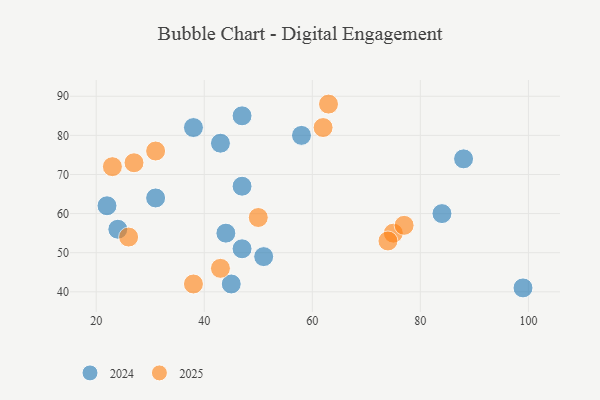
{"axis": {"x": "GDP", "y": "Life Expectancy"}, "legend": ["2024", "2025"], "data": [{"x": "75", "y": 55, "type": "2025"}, {"x": "23", "y": 72, "type": "2025"}, {"x": "26", "y": 54, "type": "2025"}, {"x": "31", "y": 76, "type": "2025"}, {"x": "50", "y": 59, "type": "2025"}, {"x": "62", "y": 82, "type": "2025"}, {"x": "43", "y": 46, "type": "2025"}, {"x": "38", "y": 42, "type": "2025"}, {"x": "77", "y": 57, "type": "2025"}, {"x": "27", "y": 73, "type": "2025"}, {"x": "63", "y": 88, "type": "2025"}, {"x": "74", "y": 53, "type": "2025"}, {"x": "45", "y": 42, "type": "2024"}, {"x": "84", "y": 60, "type": "2024"}, {"x": "31", "y": 64, "type": "2024"}, {"x": "44", "y": 55, "type": "2024"}, {"x": "47", "y": 85, "type": "2024"}, {"x": "58", "y": 80, "type": "2024"}, {"x": "24", "y": 56, "type": "2024"}, {"x": "99", "y": 41, "type": "2024"}, {"x": "51", "y": 49, "type": "2024"}, {"x": "47", "y": 67, "type": "2024"}, {"x": "38", "y": 82, "type": "2024"}, {"x": "22", "y": 62, "type": "2024"}, {"x": "88", "y": 74, "type": "2024"}, {"x": "43", "y": 78, "type": "2024"}, {"x": "47", "y": 51, "type": "2024"}]}